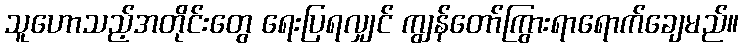
သူဟောသည့်အတိုင်းတွေ ရေးပြရလျှင် ကျွန်တော်ကြွားရာရောက်ချေမည်။